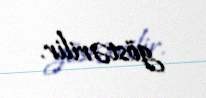
göstərilir.